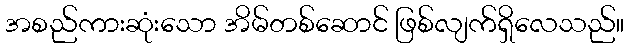
အစည်ကားဆုံးသော အိမ်တစ်ဆောင် ဖြစ်လျက်ရှိလေသည်။